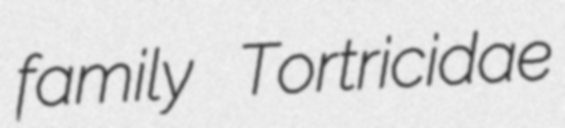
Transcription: family Tortricidae